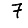
Digit: 7